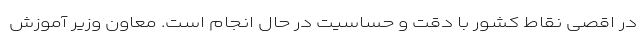
در اقصی نقاط کشور با دقت و حساسیت در حال انجام است. معاون وزیر آموزش